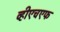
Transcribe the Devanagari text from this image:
व्हीएचएफ